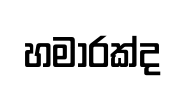
හමාරක්ද